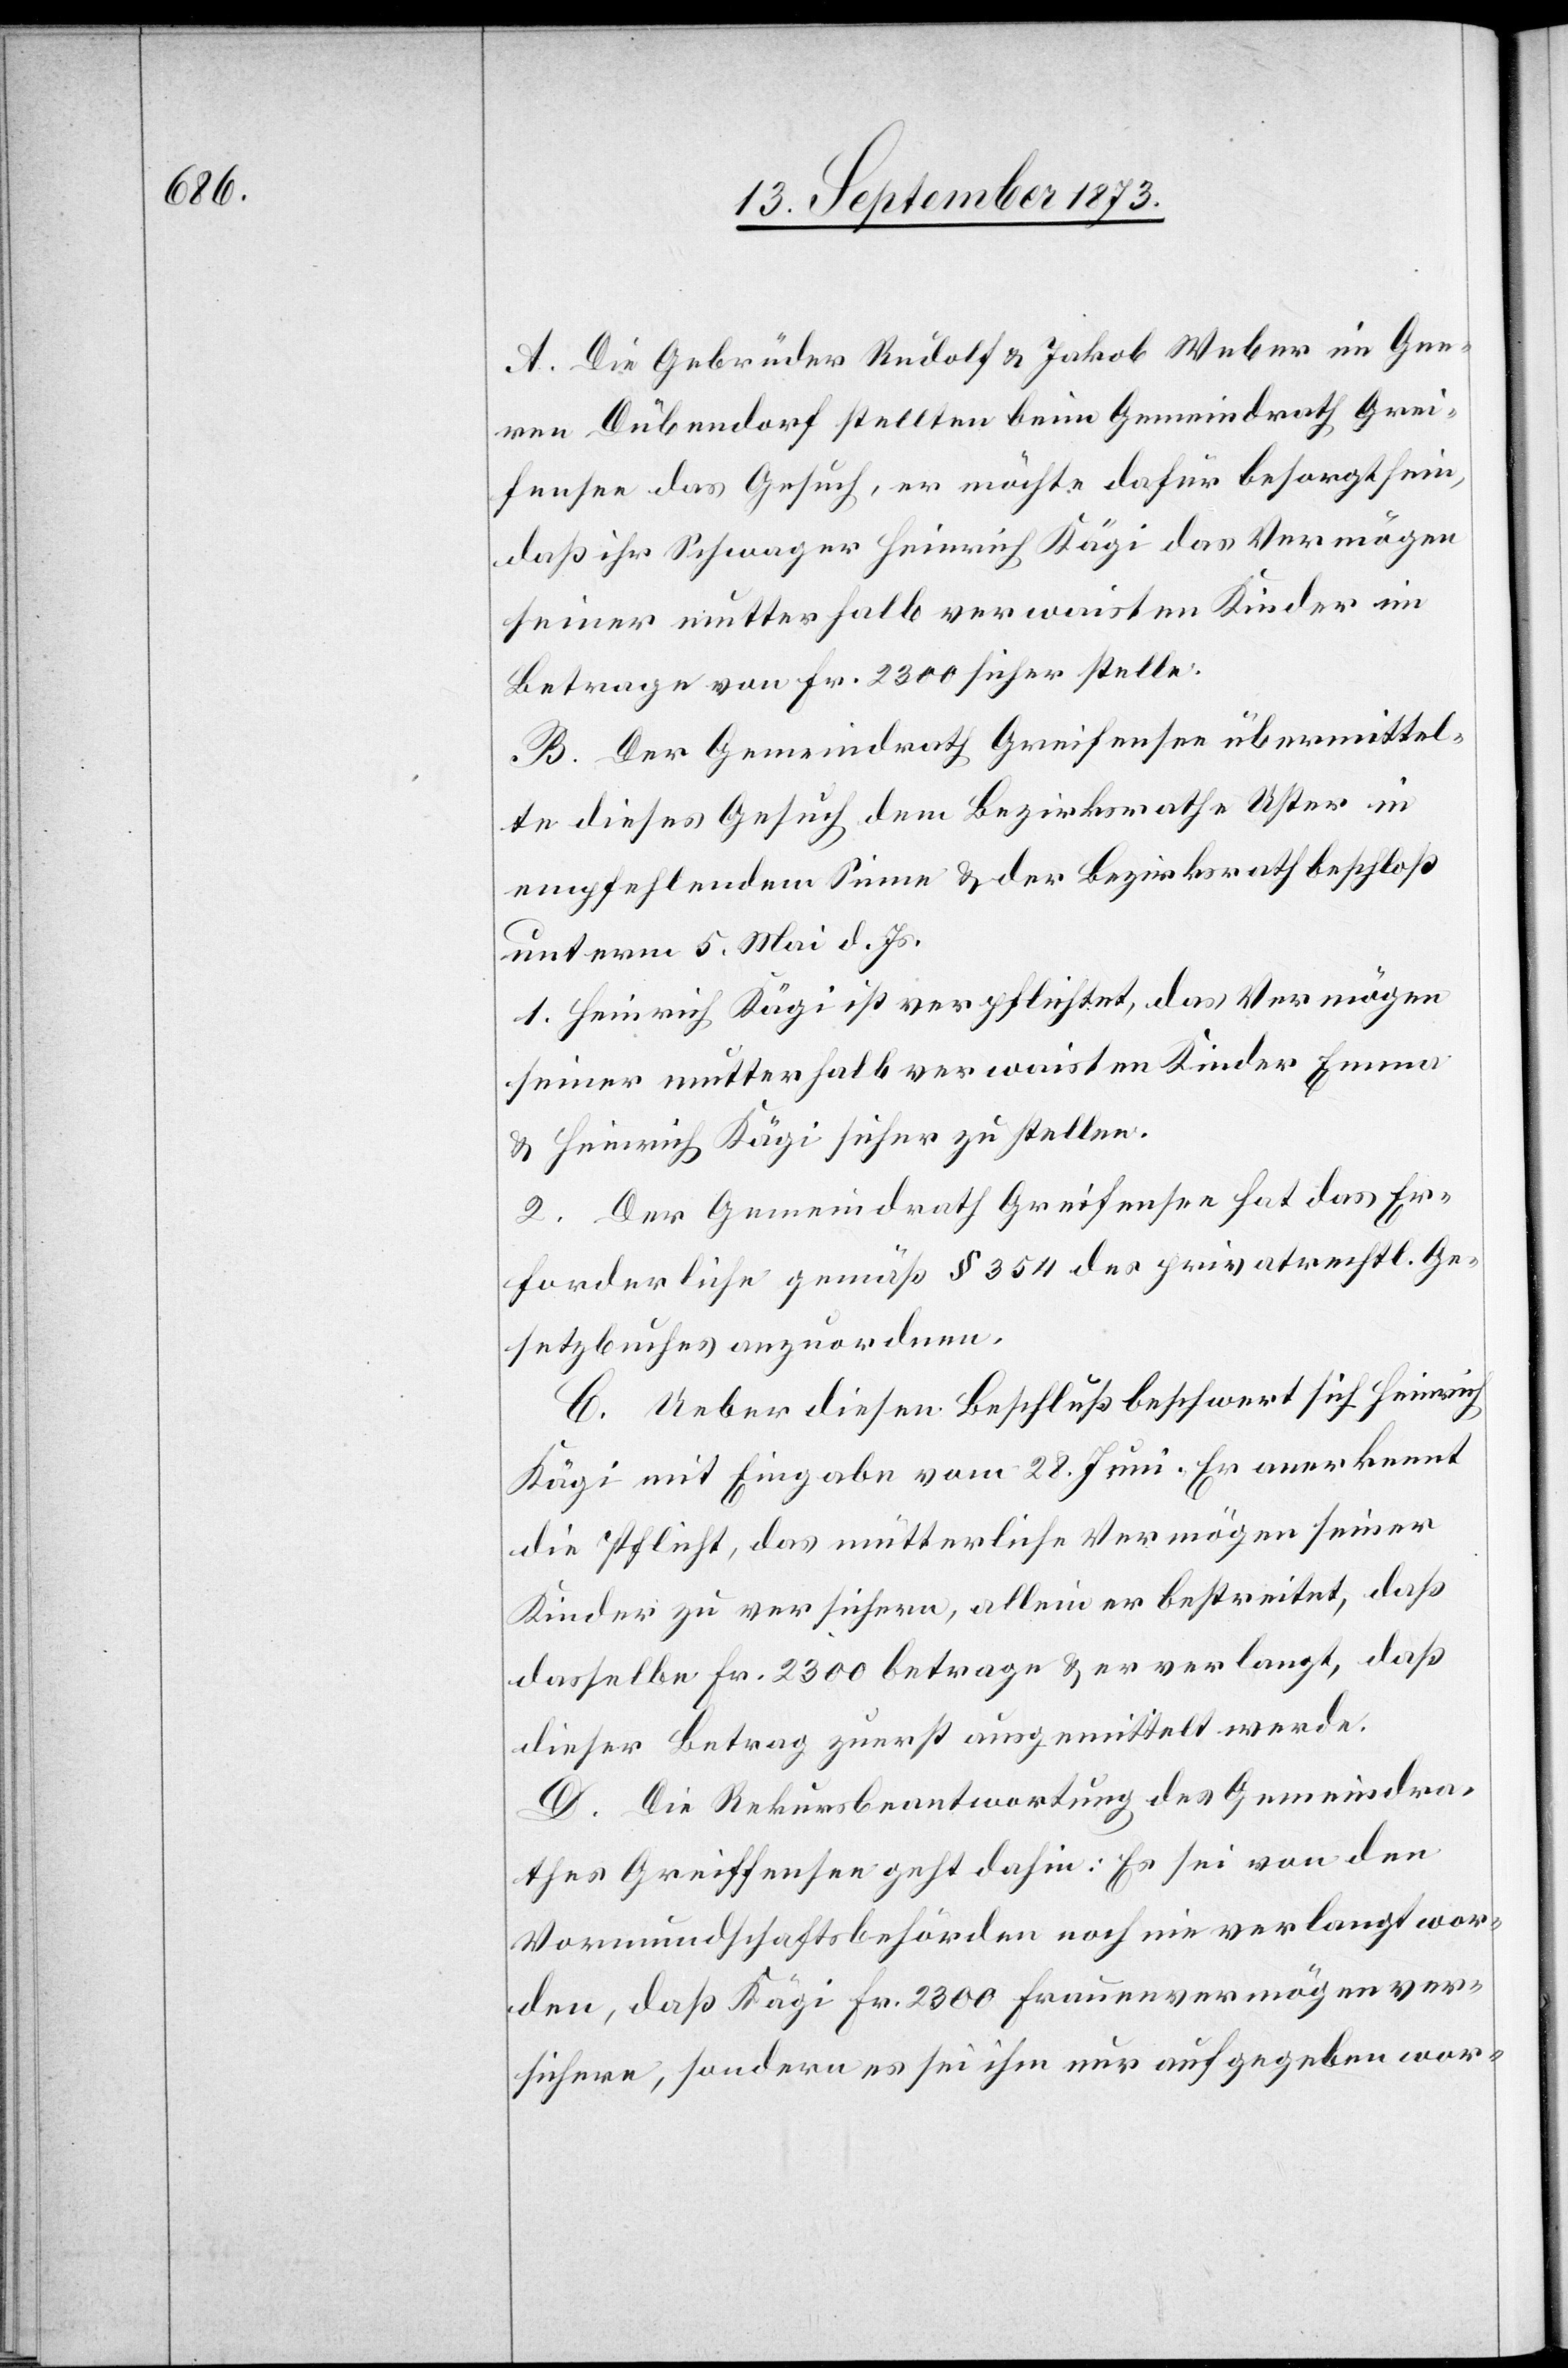
A. Die Gebrüder Rudolf & Jakob Weber im Gee¬
ren Dübendorf stellten beim Gemeindrath Grei¬
fensee das Gesuch, er möchte dafür besorgt sein,
daß ihr Schwager Heinrich Kägi das Vermögen
Betrage von Fr. 2 300 sicher stelle.
B. Der Gemeindrath Greifensee übermittel¬
te dieses Gesuch dem Bezirksrathe Uster in
empfehlendem Sinne & der Bezirksrath beschloß
unterm 5. Mai d. Js.
1. Heinrich Kägi ist verpflichtet, das Vermögen
seiner mutterhalb verwaisten Kinder Emma
& Heinrich Kägi sicher zu stellen.
2. Der Gemeindrath Greifensee hat das Er¬
forderliche gemäß § 354 des privatrechtl. Ge¬
setzbuches anzuordnen.
C. Ueber diesen Beschluß beschwert sich Heinrich
Kägi mit Eingabe vom 28. Juni. Er anerkennt
die Pflicht, das mütterliche Vermögen seiner
Kinder zu versichern, allein er bestreitet, daß
dasselbe Fr. 2 300 betrage & er verlangt, daß
dieser Betrag zuerst ausgemittelt werde.
D. Die Rekursbeantwortung des Gemeindra¬
thes Greiffensee [sic!] geht dahin: Es sei von den
Vormundschaftsbehörden noch nie verlangt wor¬
den, daß Kägi Fr. 2 300 Frauenvermögen ver¬
sichere, sondern es sei ihm nur aufgegeben wor-